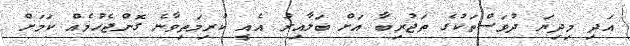
އަދި މިދިޔަ ދުވަސްތަކުގެ ތަޖުރިބާ އަށް ބަލާއިރު އެއީ ކުރިމަތިވާނެ ގޮންޖެހުމެއް ކަމަށް